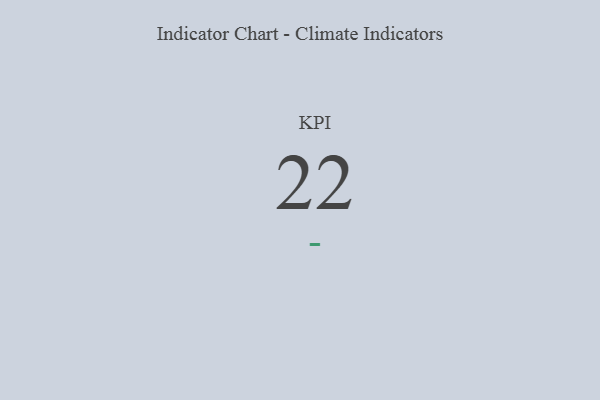
{"axis": {"x": "KPI", "y": "Value"}, "legend": [""], "data": [{"x": "KPI", "y": 22, "type": ""}]}